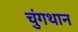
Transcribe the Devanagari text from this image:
चुंगथान